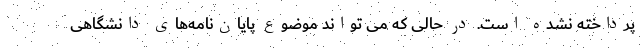
پرداخته نشده است. در حالی که می تواند موضوع پایان‌نامه‌های دانشگاهی